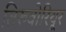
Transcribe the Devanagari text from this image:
तिरुवोरियूर